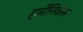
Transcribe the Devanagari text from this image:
हर्मेनिकेस